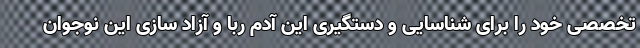
تخصصی خود را برای شناسایی و دستگیری این آدم ربا و آزاد سازی این نوجوان